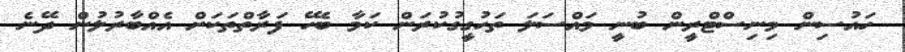
ހައުސިން މިނިސްޓްރީން ބުނީ މައްސަލަ ތަހުގީގުކުރަން ކަމާ ބެހޭ ފަރާތްތަކަށް އެއްބާރުލުން ދޭނެ